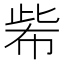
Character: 𢃌